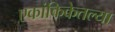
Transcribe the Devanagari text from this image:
एकांकिकेतल्या